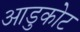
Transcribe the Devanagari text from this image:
आडुकोट